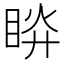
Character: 𥆵